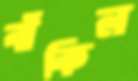
বাঁকিল